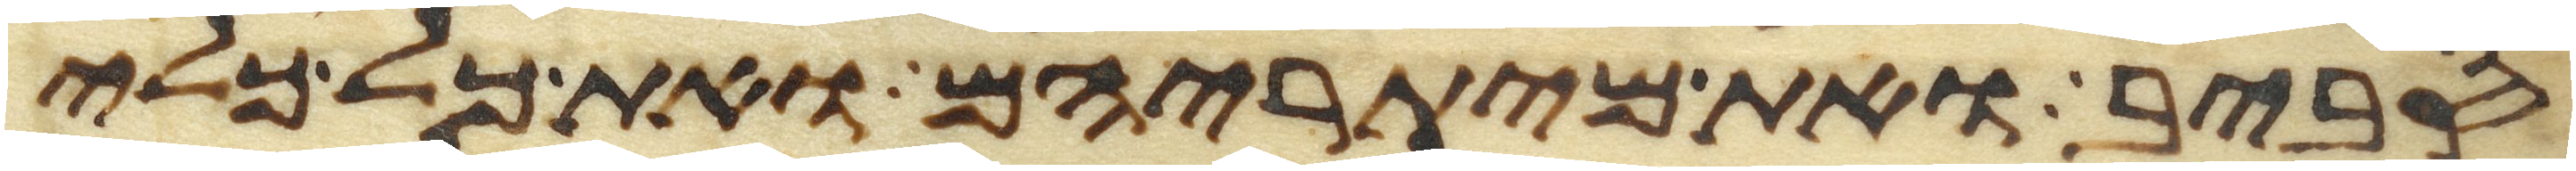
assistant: סביב ואת מיתריהם ואת כל כלי